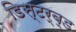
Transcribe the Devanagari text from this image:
डिस्टर्ब्ड